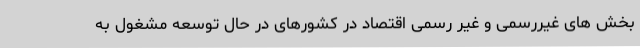
بخش های غیررسمی و غیر رسمی اقتصاد در کشورهای در حال توسعه مشغول به